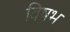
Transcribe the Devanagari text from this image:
विषभ